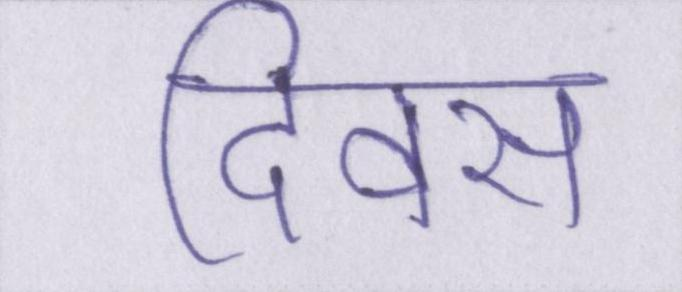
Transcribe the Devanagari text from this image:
दिवस